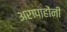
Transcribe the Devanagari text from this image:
अरापाहोंनी